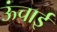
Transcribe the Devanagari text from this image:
ऊंचार्इ